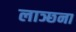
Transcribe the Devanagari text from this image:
लाञ्छना